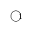
\textcircled { \scriptsize { 1 } }